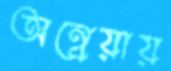
অন্বেয়ায়